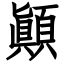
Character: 顚